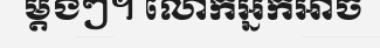
ម្តងៗ។ លោកអ្នកអាច